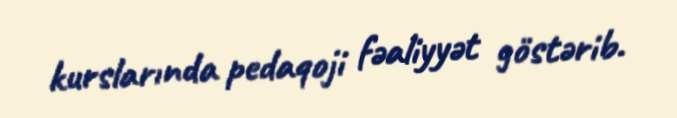
kurslarında pedaqoji fəaliyyət göstərib.